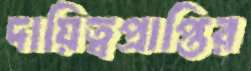
দায়িত্বপ্রাপ্তির